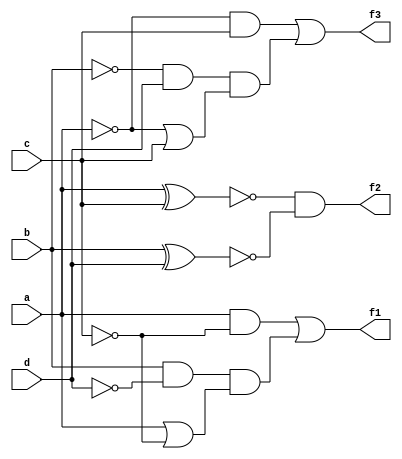
`timescale 1ns / 1ps


module bitcom(
input a, b, c, d,
output f1, f2, f3
    );
    
    assign f1 = a&~c | (b&~d)&(a|~c),
    f2 = ~(a^c)&~(b^d),
    f3 = ~a&c | (~b&d)&(~a|c);
endmodule